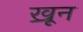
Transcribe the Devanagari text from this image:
ख्रून